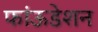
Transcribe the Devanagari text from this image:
फांऊडेशन